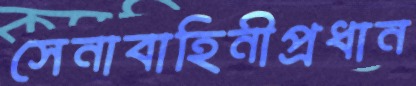
সেনাবাহিনীপ্রধান